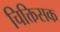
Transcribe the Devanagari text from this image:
चिक्तिसक